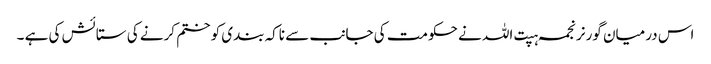
اس درمیان گورنر نجمہ ہپت اللہ نے حکومت کی جانب سے ناکہ بندی کو ختم کرنے کی ستائش کی ہے ۔